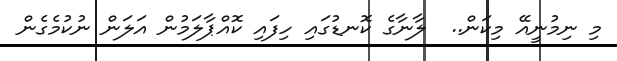
މި ނިމުނީއޭ މިކަން..  ލާނާގެ ކޮނޑުގައި ހިފައި ކޮއްޕާލަމުން އަލަން ނުކުމެގެން